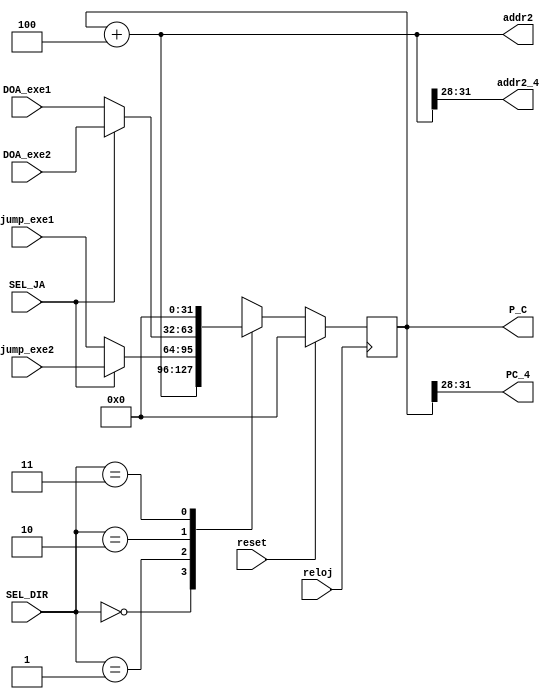
`timescale 1ns / 1ps
//////////////////////////////////////////////////////////////////////////////////
// Company:
// Engineer:
// Design Name:
// Module Name: fetch
//////////////////////////////////////////////////////////////////////////////////


module fetch(
  input [31:0] DOA_exe1, DOA_exe2,
  input reloj,reset,
  input SEL_JA,
  input [1:0] SEL_DIR,
  input [31:0] jump_exe1, jump_exe2,
  output [31:0] P_C, addr2,
  output [3:0] PC_4, addr2_4
  );


  reg [31:0] PC = 32'd0;
  wire [31:0] DOA_exe, jump_exe;


  //Mux de los diferentes JA y JR
  assign jump_exe = SEL_JA ? jump_exe2 : jump_exe1;
  assign DOA_exe = SEL_JA ? DOA_exe2 : DOA_exe1;
  /*case (SEL_JA)
    0:
      begin
      jump_exe = jump_exe1;
      DOA_exe = DOA_exe1;
      end
    1:
      begin
      jump_exe = jump_exe2;
      DOA_exe = DOA_exe2;
      end
  endcase*/


  ////// mux SEL_DIR
  always @(posedge reloj)
  if (reset)
    begin
        PC <= 32'd0;
    end
  else
    begin
        case (SEL_DIR)
         2'b00: PC <= PC + 32'd4;
         2'b01: PC <= jump_exe;
         2'b10: PC <= DOA_exe;
         2'b11: PC <= 32'd0;
        endcase
    end


    assign P_C = PC;
    assign PC_4 = P_C[31:28];

    //Logica de segunda direccion
    assign addr2 = (P_C + 32'd4);
    assign addr2_4 = addr2[31:28];


endmodule